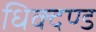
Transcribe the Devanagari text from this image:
धिक्दण्ड